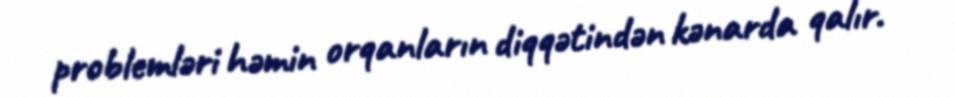
problemləri həmin orqanların diqqətindən kənarda qalır.